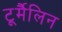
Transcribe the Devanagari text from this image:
टूर्मैलिन